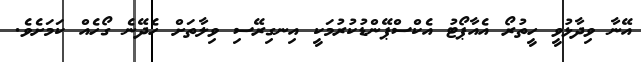
އޭނާ ވިދާޅުވީ ހީތުރޯ އެއާޕޯޓު އެކްސްޕޭންޑުކުރުމަކީ އިނގިރޭސި ވިލާތަށް ހެދޭނެ ގޯހެއް ކަމަށެވެ.